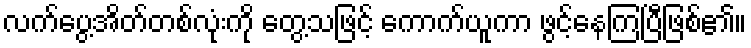
လက်ပွေ့အိတ်တစ်လုံးကို တွေ့သဖြင့် ကောက်ယူကာ ဖွင့်နေကြပြီဖြစ်၏။